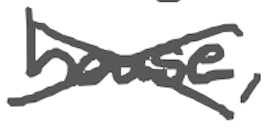
Text: house,
Cross-out: cross
Writing tool: digital_gray